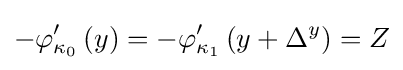
-\varphi '_{\kappa _{0}}\left(y\right)=-\varphi '_{\kappa _{1}}\left(y+\Delta ^{y}\right)=Z